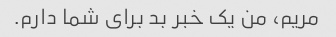
مریم، من یک خبر بد برای شما دارم.